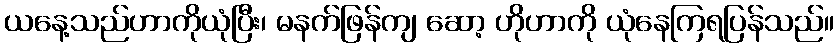
ယနေ့သည်ဟာကိုယုံပြီး၊ မနက်ဖြန်ကျ ဆော့ ဟိုဟာကို ယုံနေကြရပြန်သည်။